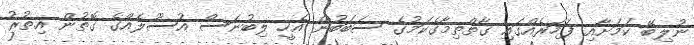
ނުލިބޭ ކަމަށާއި ފަހަރެއްގައި ގާތްތިމާގެކަމުގެ ސަބަބުން އެހީ ލިބުނަސް އުސޫލެއްގެ ގޮތުން އިތުރު